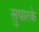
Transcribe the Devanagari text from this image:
सुधारके